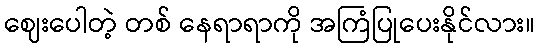
ဈေးပေါတဲ့ တစ် နေရာရာကို အကြံပြုပေးနိုင်လား။